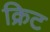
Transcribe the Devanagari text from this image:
क्रिट